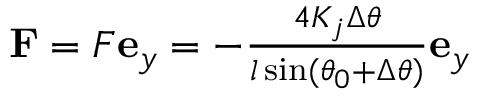
\begin{array} { r } { \mathbf { F } = F \mathbf { e } _ { y } = - \frac { 4 K _ { j } \Delta \theta } { l \sin ( \theta _ { 0 } + \Delta \theta ) } \mathbf { e } _ { y } } \end{array}